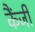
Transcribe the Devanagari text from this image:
कैंजी